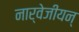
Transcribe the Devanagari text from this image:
नार्वेजीयन्